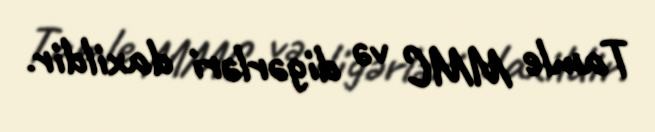
Tamle MMC və digərləri daxildir.